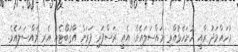
މުހައްމަދު ރާއީ ހުށަހެޅުއްވި މައްސަލައެވެ. އެއީ ރަސްފަރި ފަރަށް އާގުބޯޓެއް އެރި މައްސަލައެވެ.